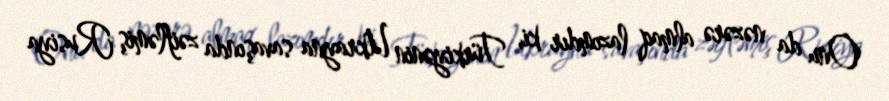
Onu da nəzərə almaq lazımdır ki, Türkiyənin Ukrayna savaşında zəifləmiş Rusiya